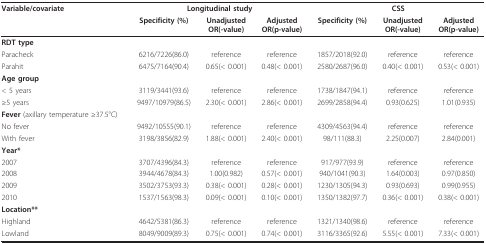
<table><thead><tr><td><b>Variable/covariate</b></td><td colspan="3"><b>Longitudinal study</b></td><td colspan="3"><b>CSS</b></td></tr><tr><td></td><td><b>Specificity (%)</b></td><td><b>UnadjustedOR(-value)</b></td><td><b>AdjustedOR(p-value)</b></td><td><b>Specificity (%)</b></td><td><b>UnadjustedOR(-value)</b></td><td><b>AdjustedOR(p-value)</b></td></tr></thead><tbody><tr><td><b>RDT type</b></td><td></td><td></td><td></td><td></td><td></td><td></td></tr><tr><td>Paracheck</td><td>6216/7226(86.0)</td><td>reference</td><td>reference</td><td>1857/2018(92.0)</td><td>reference</td><td>reference</td></tr><tr><td>Parahit</td><td>6475/7164(90.4)</td><td>0.65(&lt; 0.001)</td><td>0.48(&lt; 0.001)</td><td>2580/2687(96.0)</td><td>0.40(&lt; 0.001)</td><td>0.53(&lt; 0.001)</td></tr><tr><td><b>Age group</b></td><td></td><td></td><td></td><td></td><td></td><td></td></tr><tr><td>&lt; 5 years</td><td>3119/3441(93.6)</td><td>reference</td><td>reference</td><td>1738/1847(94.1)</td><td>reference</td><td>reference</td></tr><tr><td>≥5 years</td><td>9497/10979(86.5)</td><td>2.30(&lt; 0.001)</td><td>2.86(&lt; 0.001)</td><td>2699/2858(94.4)</td><td>0.93(0.625)</td><td>1.01(0.935)</td></tr><tr><td><b>Fever </b>(axillary temperature ≥37.5°C)</td><td></td><td></td><td></td><td></td><td></td><td></td></tr><tr><td>No fever</td><td>9492/10555(90.1)</td><td>reference</td><td>reference</td><td>4309/4563(94.4)</td><td>reference</td><td>reference</td></tr><tr><td>With fever</td><td>3198/3856(82.9)</td><td>1.88(&lt; 0.001)</td><td>2.40(&lt; 0.001)</td><td>98/111(88.3)</td><td>2.25(0.007)</td><td>2.84(0.001)</td></tr><tr><td><b>Year*</b></td><td></td><td></td><td></td><td></td><td></td><td></td></tr><tr><td>2007</td><td>3707/4396(84.3)</td><td>reference</td><td>reference</td><td>917/977(93.9)</td><td>reference</td><td>reference</td></tr><tr><td>2008</td><td>3944/4678(84.3)</td><td>1.00(0.982)</td><td>0.57(&lt; 0.001)</td><td>940/1041(90.3)</td><td>1.64(0.003)</td><td>0.97(0.850)</td></tr><tr><td>2009</td><td>3502/3753(93.3)</td><td>0.38(&lt; 0.001)</td><td>0.28(&lt; 0.001)</td><td>1230/1305(94.3)</td><td>0.93(0.693)</td><td>0.99(0.955)</td></tr><tr><td>2010</td><td>1537/1563(98.3)</td><td>0.09(&lt; 0.001)</td><td>0.10(&lt; 0.001)</td><td>1350/1382(97.7)</td><td>0.36(&lt; 0.001)</td><td>0.38(&lt; 0.001)</td></tr><tr><td><b>Location**</b></td><td></td><td></td><td></td><td></td><td></td><td></td></tr><tr><td>Highland</td><td>4642/5381(86.3)</td><td>reference</td><td>reference</td><td>1321/1340(98.6)</td><td>reference</td><td>reference</td></tr><tr><td>Lowland</td><td>8049/9009(89.3)</td><td>0.75(&lt; 0.001)</td><td>0.74(&lt; 0.001)</td><td>3116/3365(92.6)</td><td>5.55(&lt; 0.001)</td><td>7.33(&lt; 0.001)</td></tr></tbody></table>